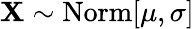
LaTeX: \mathbf{X}\sim\operatorname{Norm}[\mu,\sigma]